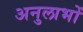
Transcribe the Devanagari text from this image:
अनुलाभों